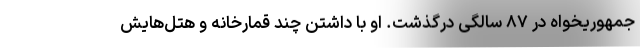
جمهوریخواه در ۸۷ سالگی درگذشت. او با داشتن چند قمارخانه و هتل‌هایش